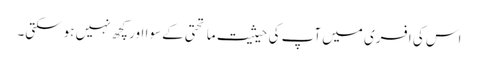
اس کی افسری میں آپ کی حیثیت ماتحتی کے سوا اور کچھ نہیں ہوسکتی۔